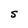
Character: S